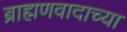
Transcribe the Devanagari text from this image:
ब्राह्मणवादाच्या